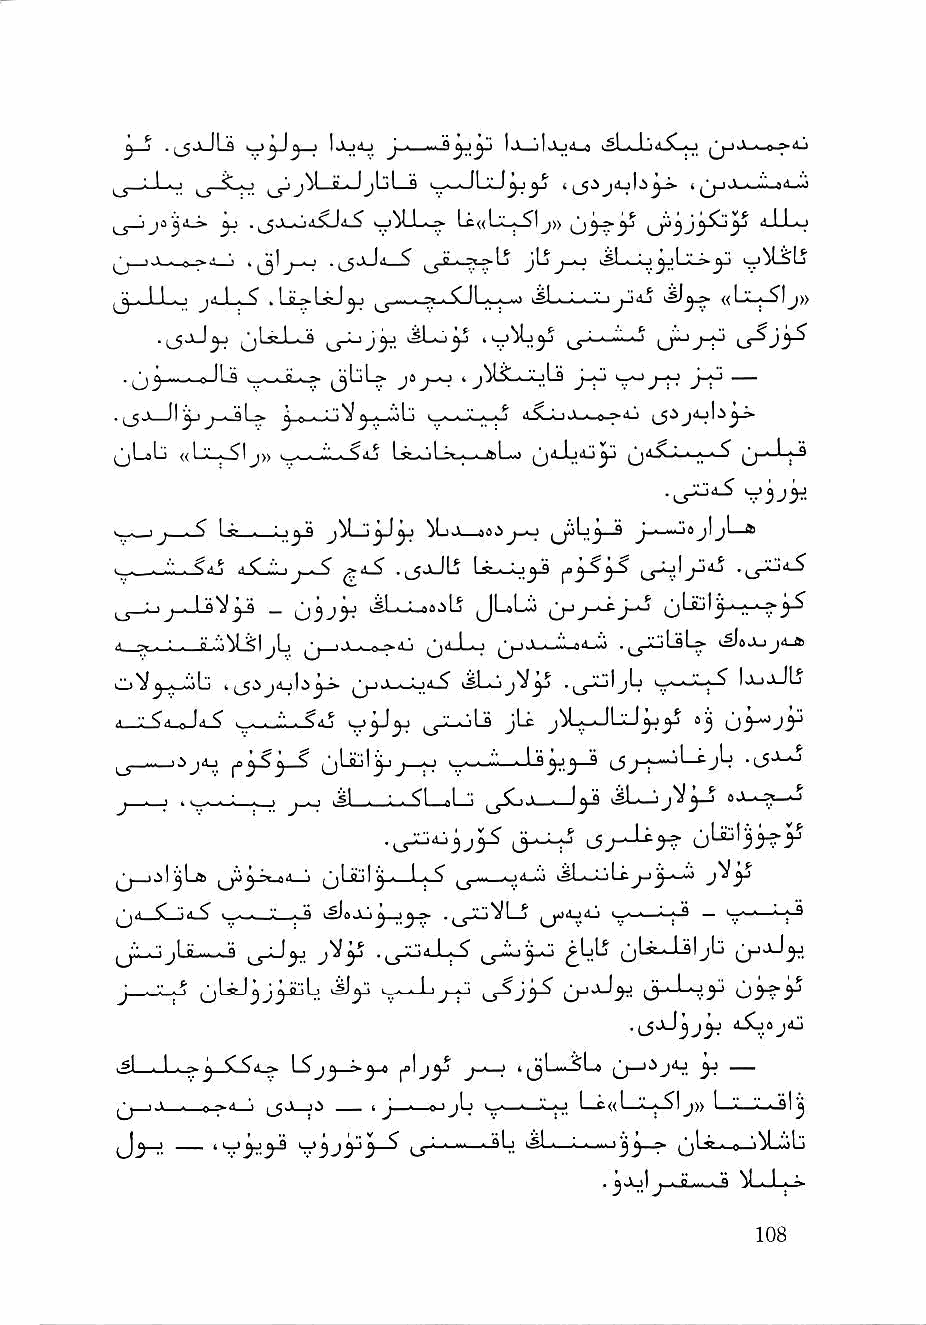
1^^^ I    J " ''        h^L^-LjdjC-o
 ui-^-^i ur-^                     jdj1^^J>- 1 ^^•,>---M|.-»<l "1
 ^ .^jk-oisUi-? kjM-L--* Lc«LiL^Ij)) 4_LLfcj
 .> - ,—« i ,^) .^_5jJii S ^I s kSi-^-Lj^ L a->^ kjjM^lj
 ^. 11. < jA I. ^ ,! o I ^ Ij k ^,...,- .c H,.,,., «!■'■ ■ ^1j)}
 •                kiL-.y •v'^y          \j^y^
 .  -I.. 0 llj i_..>JLi-a- |jLjl_> ji > j^lS-^Jk-jLa J-J-i
 ^LaL) «1 '■' .^Ij)) Lr-.JiL''-.-.- ftkLkO ^ji-ijiij^ 0'"^"^^
 V3J^.
 k,_s_J J—^ ^ ^ - : ■ J Q jy_J ^ ^ MjJi—J8i ^j-O ^_^Ll 3—S jl jL-4
 ■ . ■ .". . <A ^ aJlj.,_i j-A^ Lat—      .,_jJiLj4.^
 J_S_L)j_J-9^^ — 03J^ kSLj_aajlj ^JLaLi j_^J_o qUu 1 ^..-k-i-»^
 ,i_-;... : ■ C.'!i!)LSljlj ^4X0 ^J_X_o4_:i .^_^LsLp-
 kiiiV^_j_iib . (^.ijkijlki^^ ij_>j__o8X kSLjijV^ L_-^-"Jc.^ IjjjJL
 > V <,. . 1^ < k_-wk.i-^4j jLc        83
 iij4j f'y^yS ^LtLily^;—o              -ij-^
 j ^      ^ j-~J k^I—wL-XL-oLl!  jL_j
 J j ck Ld                            \}
 ,'id—SLjd^ ■ .-, n \i}
 ^j:_<:ijlji—Ja j^y .^8-LX        jLstJ-sljb
 j—                                       uiyy
 iXjajij
 ■ sl . I . C -w LS'j^—>^-6 polj^ t^jLkk^ba jy y
 ' k - .—.< "■ ^Ji li _ , ^__. a-ijb !_■—•—'■"-■-1 Lc<(L-I^XI j)> l,.„V._'.'_.jl j
 _ ,<^yya y^jyyS        >#1 ., i. .„... ' j^—?■ 0 'iX^b
 . bJljI ,„.Jl.....J XJ-kJ*